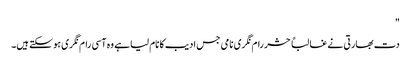
"
دت بھارتی نے غالباً حشر رام نگری نامی جس ادیب کا نام لیا ہے وہ آسی رام نگری ہو سکتے ہیں۔